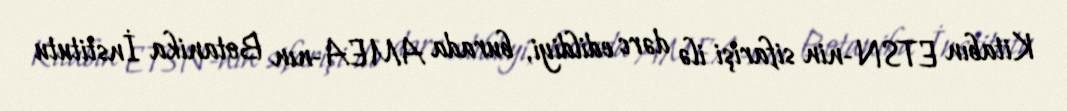
Kitabın ETSN-nin sifarişi ilə dərc edildiyi, burada AMEA-nın Botanika İnstitutu